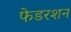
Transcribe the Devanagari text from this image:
फेडरशन